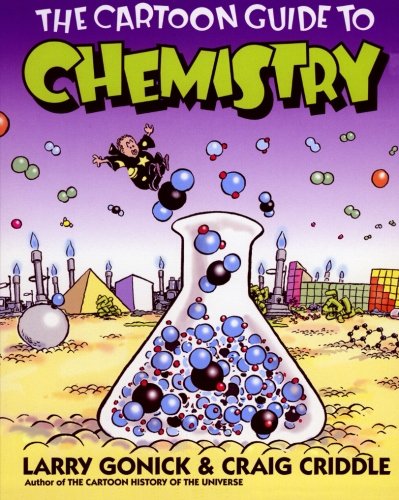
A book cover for The Cartoon Guide to Chemistry (Cartoon Guide Series); Larry Gonick; Comics & Graphic Novels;